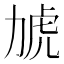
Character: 𮰎